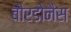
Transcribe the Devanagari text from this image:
बौरडोनैस